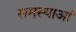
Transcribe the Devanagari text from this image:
समस्याआं